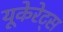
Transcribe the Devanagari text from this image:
यूकेरेट्स